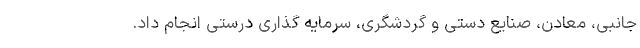
جانبی، معادن، صنایع دستی و گردشگری، سرمایه گذاری درستی انجام داد.